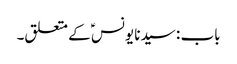
باب : سیدنا یونسؑ کے متعلق۔